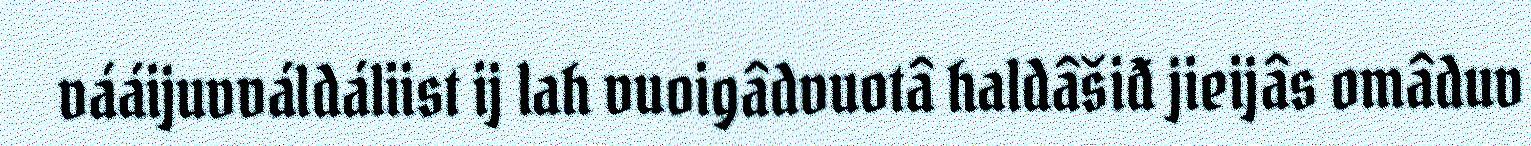
vááijuvváldáliist ij lah vuoigâdvuotâ haldâšiđ jieijâs omâduv